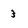
Character: 3